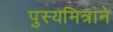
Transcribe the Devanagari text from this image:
पुस्यमित्राने